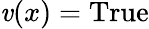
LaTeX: \mathit{v}(x)={\mathrm{{True}}}